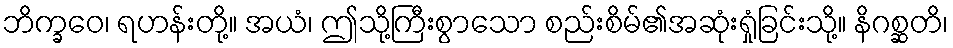
ဘိက္ခဝေ၊ ရဟန်းတို့။ အယံ၊ ဤသို့ကြီးစွာသော စည်းစိမ်၏အဆုံးရှုံခြင်းသို့။ နိဂစ္ဆတိ၊